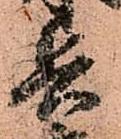
兵